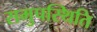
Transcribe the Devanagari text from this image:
समुपस्थिति